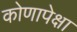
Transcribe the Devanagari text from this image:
कोणापेक्षा